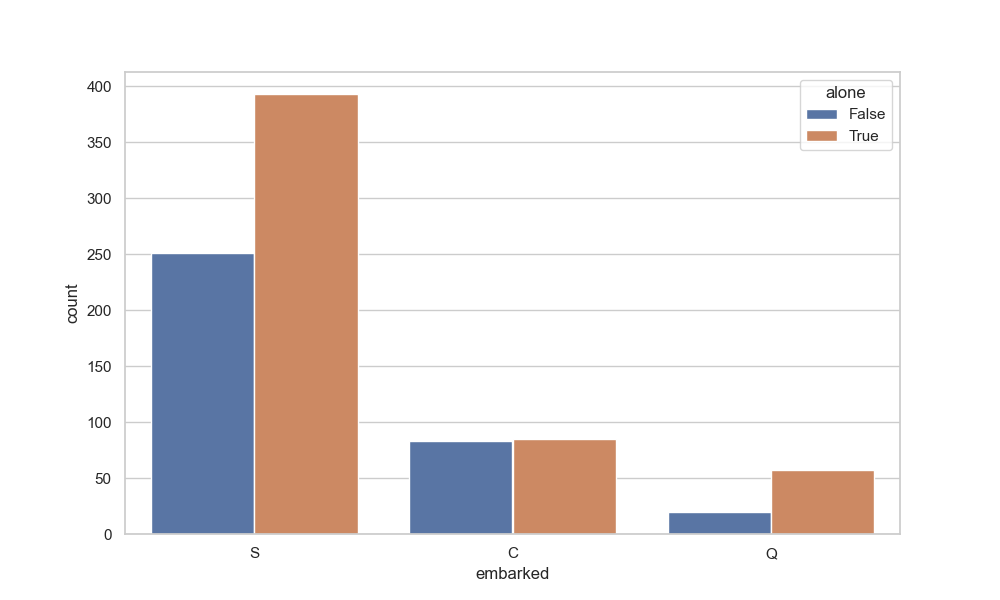
python, seaborn, countplot, x='embarked', palette='deep', hue='alone'